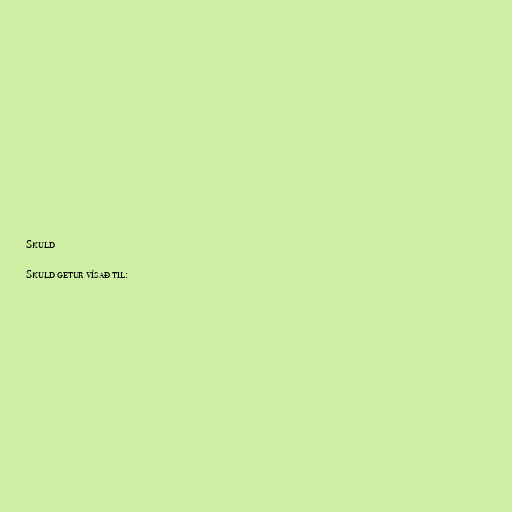
Skuld

Skuld getur vísað til: